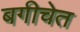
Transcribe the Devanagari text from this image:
बगीचेत